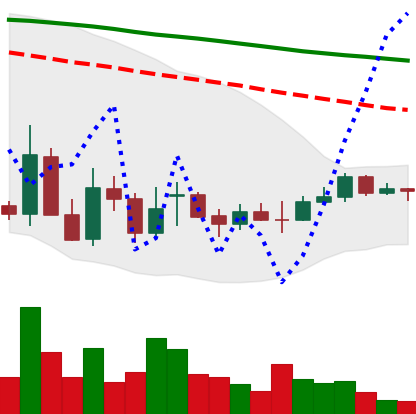
Ticker: EOS-USD
Chart end date: 2021-12-26
Forward return: -10.66%
Label: down_7plus